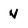
Character: v